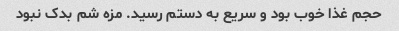
حجم غذا خوب بود و سریع به دستم رسید. مزه شم بدک نبود